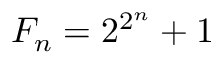
F _ { n } = 2 ^ { 2 ^ { n } } + 1